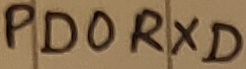
Text: PD0RXD